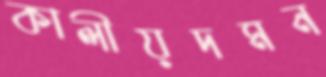
কালীয়দমন